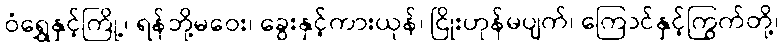
ဝံရွှေနှင့်ကြို့၊ ရန်ဘို့မဝေး၊ ခွေးနှင့်ကားယုန်၊ ငြိုးဟုန်မပျက်၊ ကြောင်နှင့်ကြွက်တို့၊